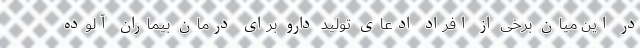
در این میان برخی از افراد ادعای تولید دارو برای درمان بیماران آلوده